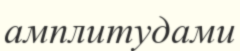
амплитудами